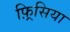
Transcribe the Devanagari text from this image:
फ़्रिसिया